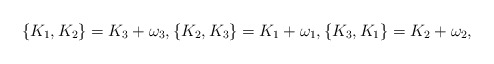
\begin{align*} \{K_1,K_2\}=K_3+\omega_3,\{K_2,K_3\}=K_1+\omega_1,\{K_3,K_1\}=K_2+\omega_2,\end{align*}